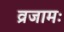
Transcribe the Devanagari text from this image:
व्रजामः